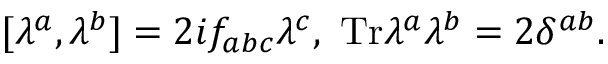
[ \lambda ^ { a } , \lambda ^ { b } ] = 2 i f _ { a b c } \lambda ^ { c } , \ \mathrm { T r } \lambda ^ { a } \lambda ^ { b } = 2 \delta ^ { a b } .